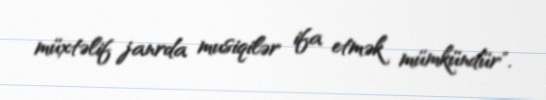
müxtəlif janrda musiqilər ifa etmək mümkündür".